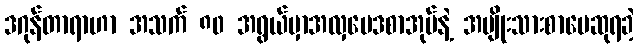
ဒဂုန်တာရာဟာ အသက် ၈၀ အရွယ်မှာအလှဗေဒစာအုပ်နဲ့ အမျိုးသားစာပေဆုရခဲ့